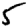
Digit: 5